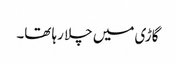
گاڑی میں چلا رہا تھا۔